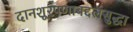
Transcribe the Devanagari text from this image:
दानशूरपणाबद्दलसुद्धा